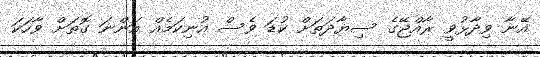
އޭނާ ވިދާޅުވީ ރާއްޖޭގެ ސިޔާދަތަށް ކުޑަ ވެސް އުނިކަމެއް އަންނަ ގޮތަށް ވާހަކަ